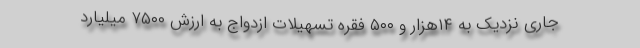
جاری نزدیک به ۱۴هزار و ۵۰۰ فقره تسهیلات ازدواج به ارزش ۷۵۰۰ ميليارد